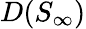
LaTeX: D(S_{\infty})